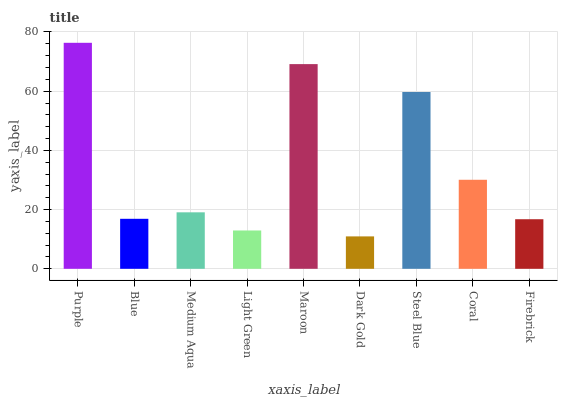
| xaxis_label | bars |
 | --- | --- |
 | Purple | 76.3 |
 | Blue | 16.9 |
 | Medium Aqua | 19.1 |
 | Light Green | 12.9 |
 | Maroon | 69.2 |
 | Dark Gold | 11 |
 | Steel Blue | 59.7 |
 | Coral | 30.1 |
 | Firebrick | 16.8 |